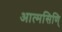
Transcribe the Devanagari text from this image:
आत्मसिणि्